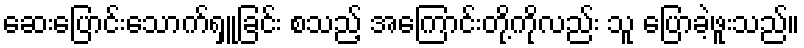
ဆေးပြောင်းသောက်ရှူခြင်း စသည့် အကြောင်းတို့ကိုလည်း သူ ပြောခဲ့ဖူးသည်။